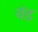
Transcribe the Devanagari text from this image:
वंड